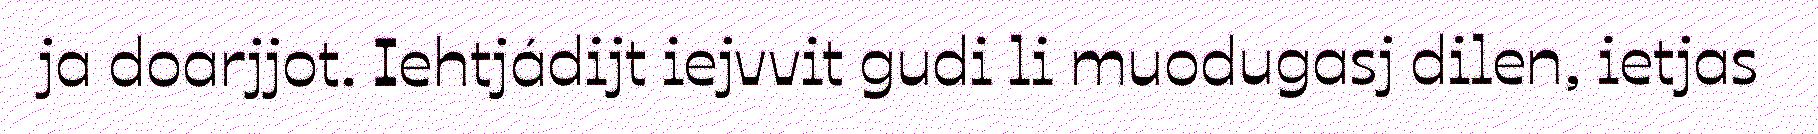
ja doarjjot. Iehtjádijt iejvvit gudi li muodugasj dilen, ietjas